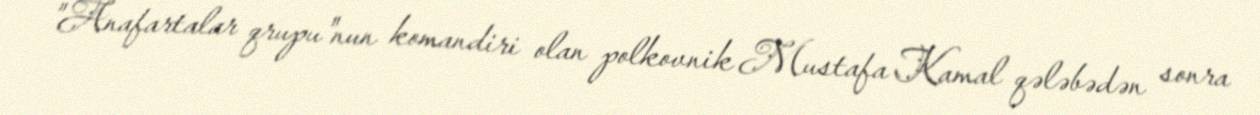
"Anafartalar qrupu"nun komandiri olan polkovnik Mustafa Kamal qələbədən sonra